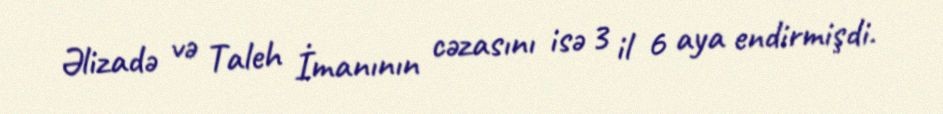
Əlizadə və Taleh İmanının cəzasını isə 3 il 6 aya endirmişdi.